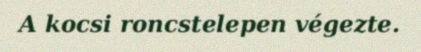
A kocsi roncstelepen végezte.